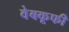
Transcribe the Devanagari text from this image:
वेबकूफी